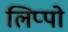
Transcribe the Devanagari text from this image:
लिप्पो